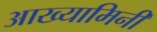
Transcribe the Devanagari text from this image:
आख्यामिनी